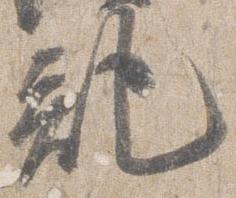
記